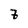
Character: 7